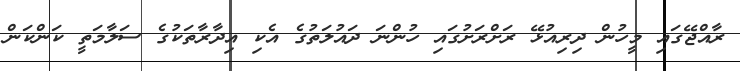
ރާއްޖޭގައި މީހުން ދިރިއުޅޭ ރަށްރަށުގައި ހުންނަ ދައުލަތުގެ އެކި އިދާރާތަކުގެ ސަލާމަތީ ކަންކަން